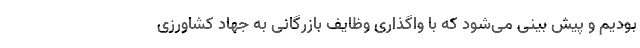
بودیم و پیش بینی می‌شود که با واگذاری وظایف بازرگانی به جهاد کشاورزی